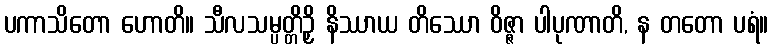
ပကာသိတော ဟောတိ။ သီလသမ္ပတ္တိဉှိ နိဿာယ တိဿော ဝိဇ္ဇာ ပါပုဏာတိ, န တတော ပရံ။